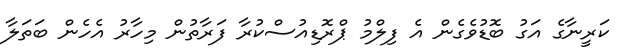
ކަރީނާގެ އަގު ބޮޑުވެގެން އެ ފިލްމު ޕްރޮޑިއުސްކުރާ ފަރާތުން މިހާރު އެހެން ބަތަލާ